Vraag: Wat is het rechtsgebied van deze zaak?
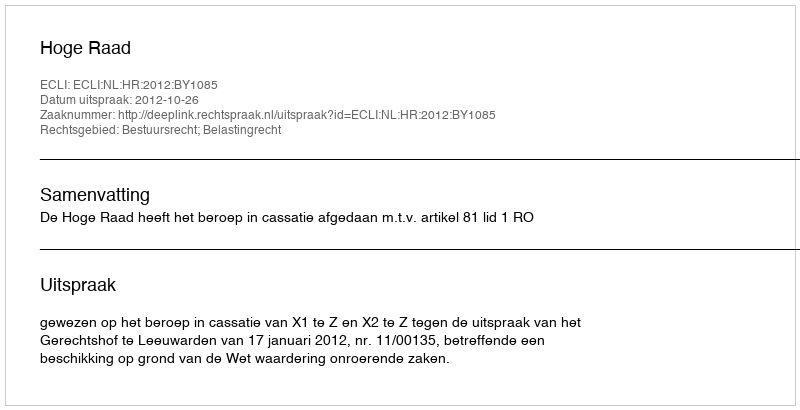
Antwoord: Bestuursrecht; Belastingrecht